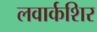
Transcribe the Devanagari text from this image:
लवार्कशिर